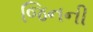
જિનની